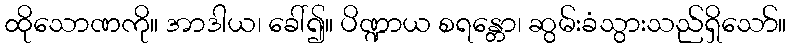
ထိုသောဏကို။ အာဒါယ၊ ခေါ်၍။ ပိဏ္ဍာယ စရန္တော၊ ဆွမ်းခံသွားသည်ရှိသော်။